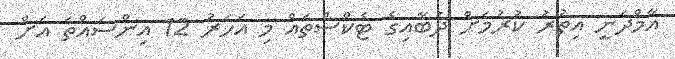
އާމްދަނީ އިތުރު ކުރުމަށް ދުބާއިގެ ޓެކްސްތައް މި އަހަރު 12 އިންސައްތަ އަށް